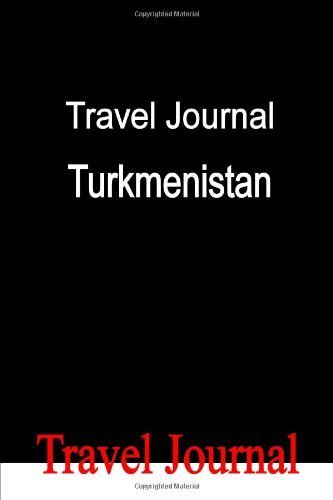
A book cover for Travel Journal Turkmenistan by Locken, E (2010) Paperback; E Locken; Travel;